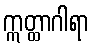
ဣတ္ထာဂါရာ